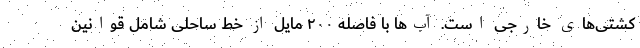
کشتی‌های خارجی است. آب‌ها با فاصله ۲۰۰ مایل از خط ساحلی شامل قوانین